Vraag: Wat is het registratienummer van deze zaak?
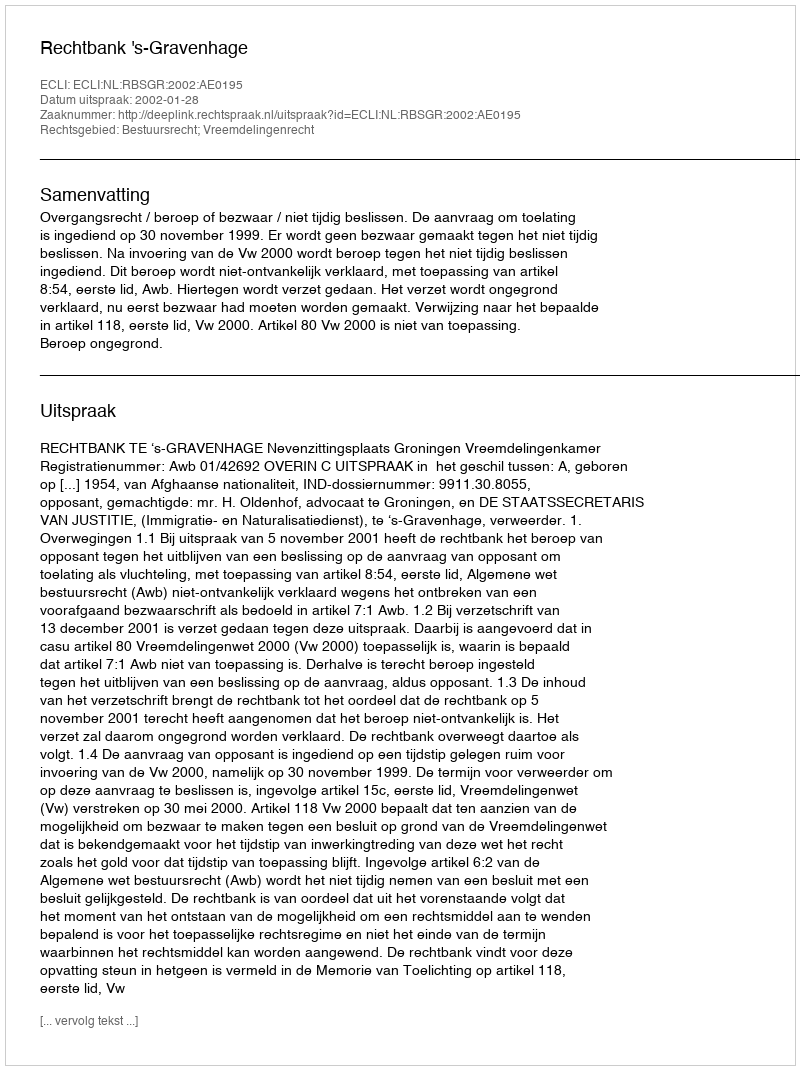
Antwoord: http://deeplink.rechtspraak.nl/uitspraak?id=ECLI:NL:RBSGR:2002:AE0195